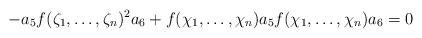
LaTeX: \begin{align*} -a_5f(\mathcal{\zeta}_1,\ldots,\mathcal{\zeta}_n)^2a_6+ f(\chi_1 , \ldots, \chi_n )a_5f(\chi_1 , \ldots, \chi_n )a_6=0\end{align*}